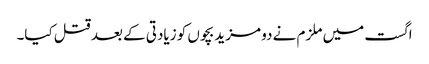
اگست میں ملزم نے دو مزید بچوں کو زیادتی کے بعد قتل کیا۔